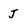
Character: J